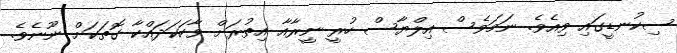
ސިކުނޑީގައި ވިއެވެ. ނަމަވެސް އިލްޔާސް ހުރީ ނީރާއާ އިތުރަށް ވާހަކަދައްކާ ގޮތަކަށް ނޫނެވެ.